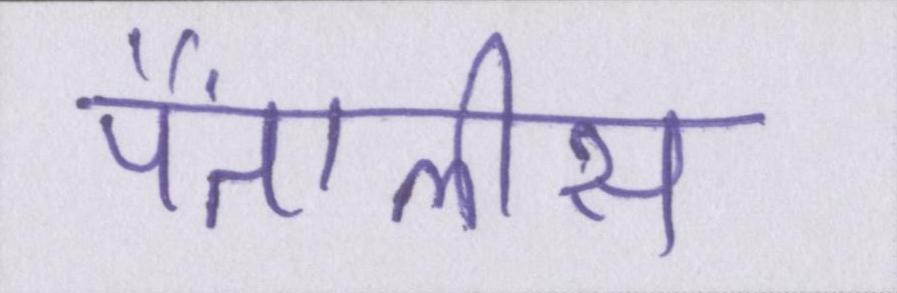
पैंतालीस